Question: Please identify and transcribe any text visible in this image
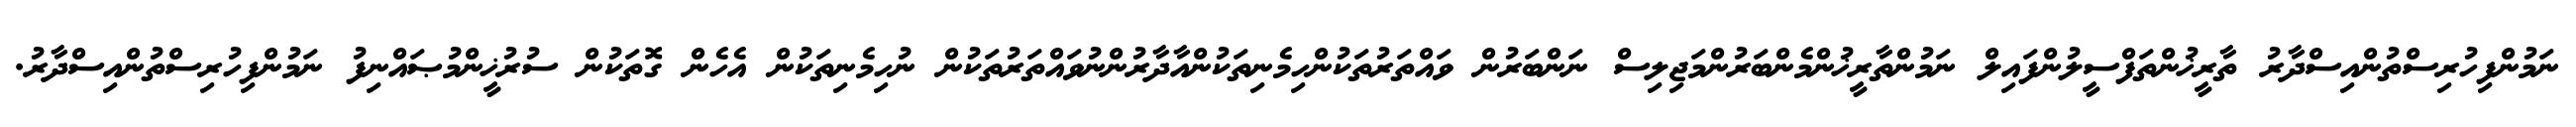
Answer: ނަމުންފިހުރިސްތުންއިސްދާރު ތާރީޚުންތަފްސީލުންފައިލް ނަމުންތާރީޚުންމެންބަރުންމަޖިލިސް ނަންބަރުން ވައްތަރުތަކުންހިމެނިތަކުންއާދާރުންނުވައްތަރުތަކުން ނުހިމެނިތަކުން އެހެން ގޮތަކުން ސުރުޚީންމުޞައްނިފު ނަމުންފިހުރިސްތުންއިސްދާރު.